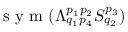
\mathrm { ~ s ~ y ~ m ~ } ( \Lambda _ { q _ { 1 } p _ { 4 } } ^ { p _ { 1 } p _ { 2 } } S _ { q _ { 2 } } ^ { p _ { 3 } } )